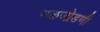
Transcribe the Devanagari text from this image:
नळजोडणी